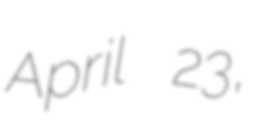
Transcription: April 23,